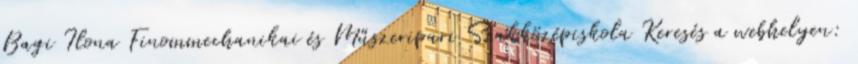
Bagi Ilona Finommechanikai és Műszeripari Szakközépiskola Keresés a webhelyen: